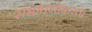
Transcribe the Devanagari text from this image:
संभाषणाकरता